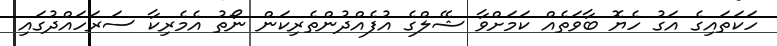
ހަކަތައިގެ އަގު ހެޔޮ ބާވަތެއް ކަމަށްވާ ޝޭލްގެ އުފެއްދުންތެރިކަން ނޯތު އެމެރިކާ ސަރަހައްދުގައި